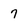
Character: 7